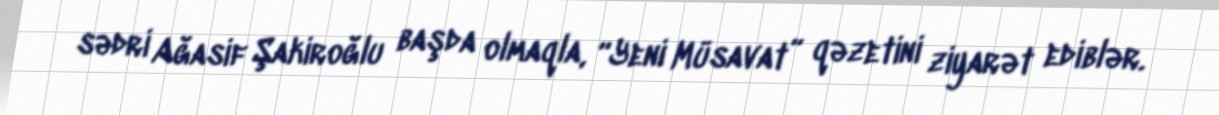
sədri Ağasif Şakiroğlu başda olmaqla, “Yeni Müsavat” qəzetini ziyarət ediblər.